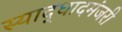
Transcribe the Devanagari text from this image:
स्याद्धादमंजरी